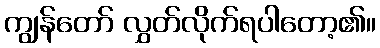
ကျွန်တော် လွှတ်လိုက်ရပါတော့၏။